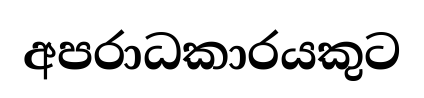
අපරාධකාරයකුට